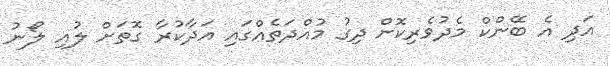
އަދި އެ ބޭންކް މެދުވެރިކޮށް ދިގު މުއްދަތެއްގައި އަދާކުރާ ގޮތަށް ލުއި ލޯނު